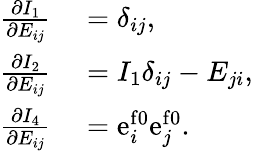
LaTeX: \begin{array}{rl}{\frac{\partial I_{1}}{\partial E_{ij}}}&{{}=\delta_{ij},}\\ {\frac{\partial I_{2}}{\partial E_{ij}}}&{{}=I_{1}\delta_{ij}-E_{ji},}\\ {\frac{\partial I_{4}}{\partial E_{ij}}}&{{}=\mathrm{e}_{i}^{\mathrm{f0}}\mathrm{e}_{j}^{\mathrm{f0}}.}\end{array}